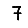
Digit: 7